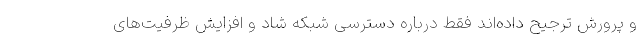
و پرورش ترجیح داده‌اند فقط درباره دسترسی شبکه شاد و افزایش ظرفیت‌های